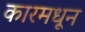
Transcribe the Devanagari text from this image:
कारमधून